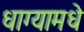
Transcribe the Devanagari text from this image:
धाग्यामधे